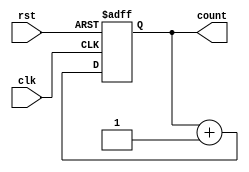
module async_reset_sync_counter #(
    parameter N = 4  // Number of bits for the counter
)(
    input wire clk,   // Clock input
    input wire rst,   // Asynchronous reset input
    output reg [N-1:0] count // N-bit counter output
);

// Asynchronous reset and synchronous counting
always @(posedge clk or posedge rst) begin
    if (rst) begin
        count <= 0; // Reset the counter to zero
    end else begin
        count <= count + 1; // Increment the counter on clock edge
    end
end

endmodule